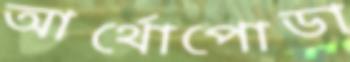
আর্থোপোডা